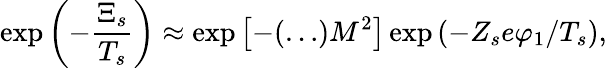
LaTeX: \exp\left(-\frac{\Xi_{s}}{T_{s}}\right)\approx\exp\left[-(\dots)M^{2}\right]\exp\left(-Z_{s}e\varphi_{1}/T_{s}\right),